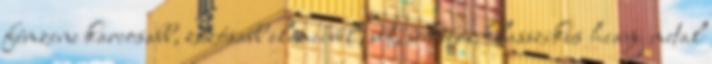
fémzene karcosabb, zúzósabb elemeivel, sőt, sokszor klasszikus heavy metal